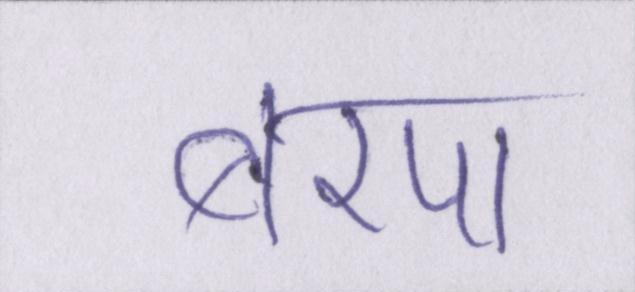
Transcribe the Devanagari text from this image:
बरपा